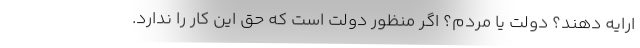
ارایه دهند؟ دولت یا مردم؟ اگر منظور دولت است که حق این کار را ندارد.